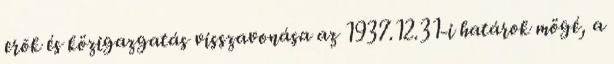
erõk és közigazgatás visszavonása az 1937.12.31-i határok mögé, a